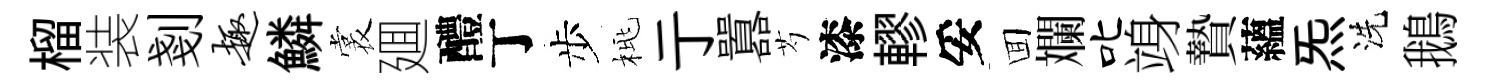
榴装剗趣鱗裳廽醴丁步桃亍囂芍漆轇妥囬斕叱竧贄蘊炁洗鵝